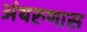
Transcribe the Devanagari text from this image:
अंथरुणास